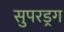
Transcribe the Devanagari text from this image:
सुपरड्रग